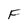
Character: F